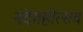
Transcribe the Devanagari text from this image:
नंदमहोत्सव